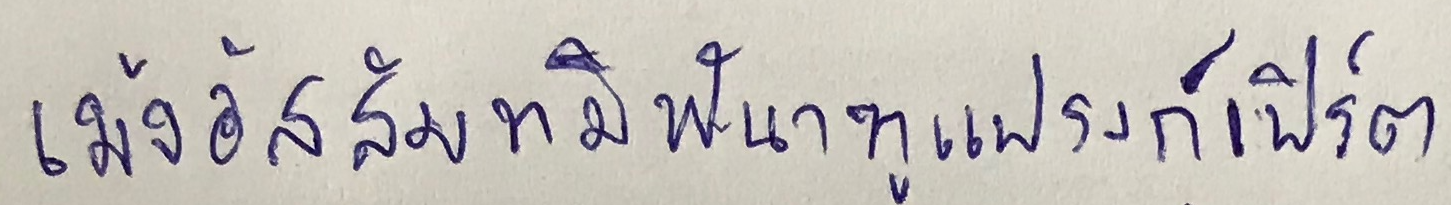
เม้งอัสสัมทมิฬนาฑูแฟรงก์เฟิร์ต